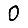
Digit: 0